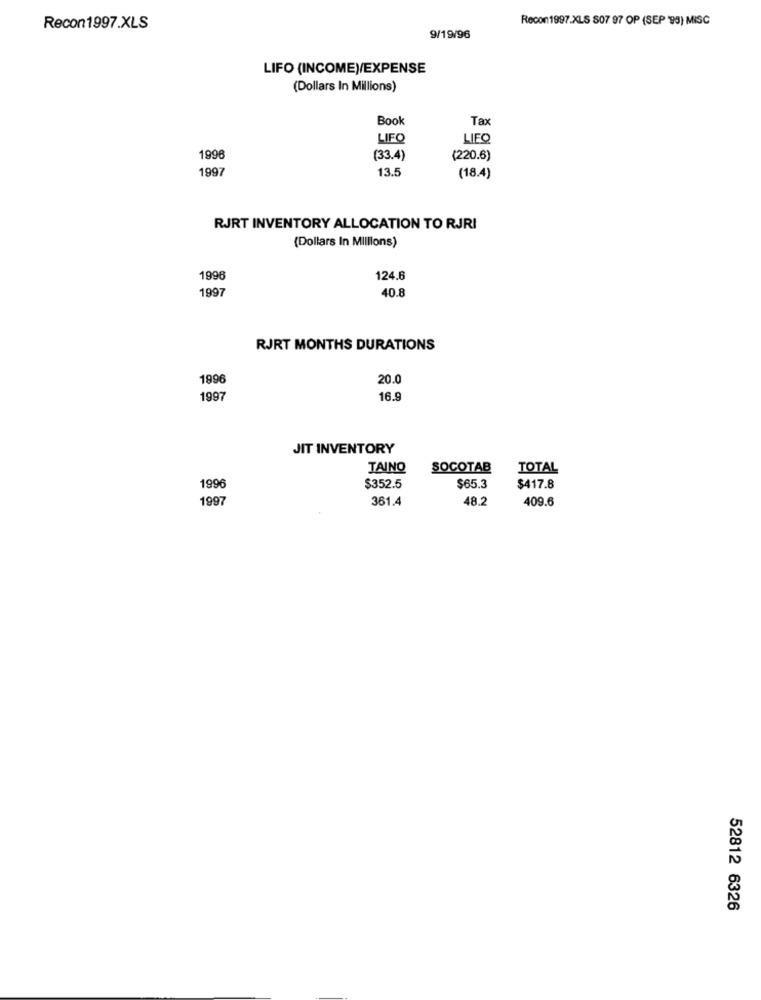
Recon 1997.XLS 807 97 OP (SEP '95) MISC
Recon1997.XLS
9/19/96
LIFO (INCOME)/EXPENSE
(Dollars In Millions)
Book
Tax
LIFO
LIEQ
1996
(33.4)
(220.6)
1997
13.5
(18.4)
RJRT INVENTORY ALLOCATION TO RJRI
(Dollars In Millions)
1996
124.6
1997
40.8
RJRT MONTHS DURATIONS
1996
20.0
1997
16.9
JIT INVENTORY
TAINO
SOCOTAB
TOTAL
1996
$352.5
$65.3
$417.8
1997
361.4
48.2
409.6
52812 6326